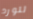
للورد